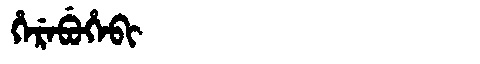
Manchu: ᡥᡝᡵᡝᠪᡠᡥᡝᠪᡳ
Romanization: HEREBUHEBI